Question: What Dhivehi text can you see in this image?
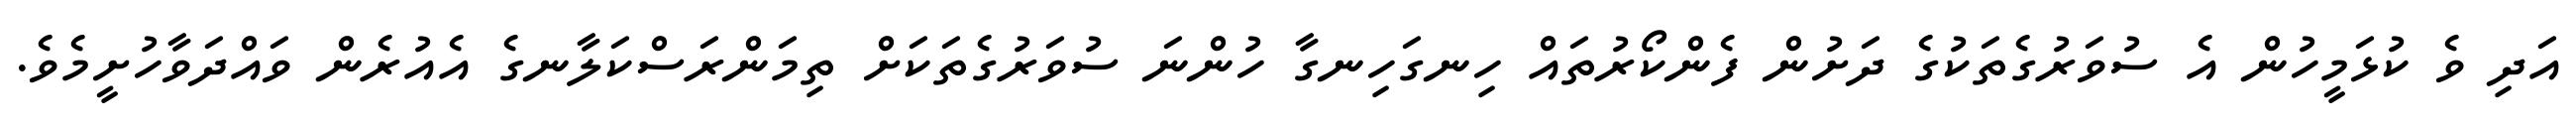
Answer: އަދި ވެ ކުޅަމީހުން އެ ސުވަރުގެތަކުގެ ދަށުން ފެންކޯރުތައް ހިނގަހިނގާ ހުންނަ ސުވަރުގެތަކަށް ތިމަންރަސްކަލާނގެ އެއުރެން ވައްދަވާހުށީމެވެ.